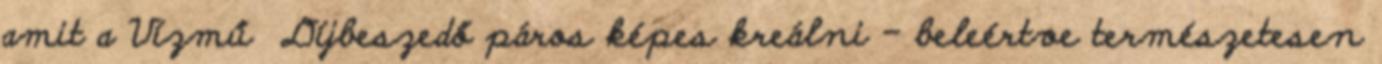
amit a Vízmű Díjbeszedő páros képes kreálni – beleértve természetesen